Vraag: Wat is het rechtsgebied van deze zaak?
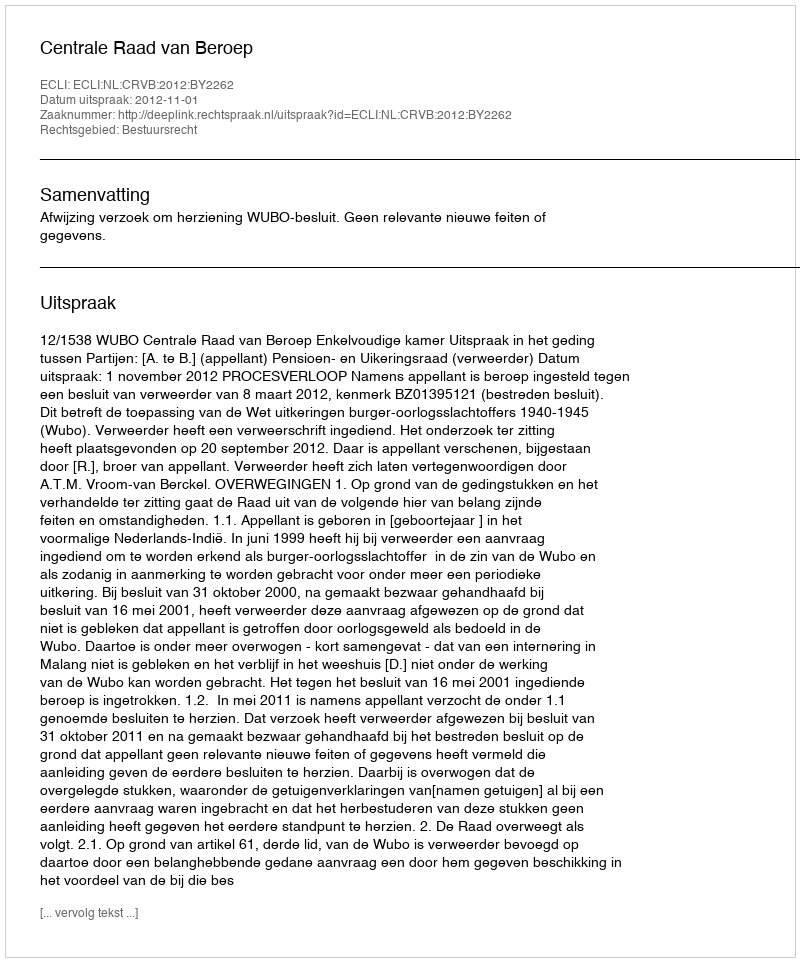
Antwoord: Bestuursrecht